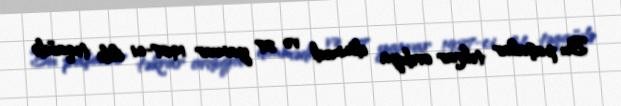
Bu paşalar təkrar orduya dönmədi və 27 yanvar 1927-ci ildə təqaüdə